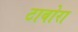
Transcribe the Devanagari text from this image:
टाबोरा